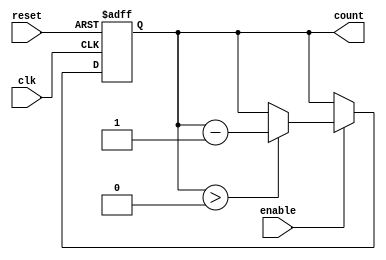
module down_counter_with_enable #(
    parameter MAX_COUNT = 15  // Define the maximum count value (N)
)(
    input wire clk,            // Clock signal
    input wire enable,         // Enable signal
    input wire reset,          // Reset signal
    output reg [clog2(MAX_COUNT + 1) - 1:0] count  // Current count value
);

// Function to calculate the log2 value
function integer clog2;
    input integer value;
    begin
        value = value - 1;
        for (clog2 = 0; value > 0; clog2 = clog2 + 1)
            value = value >> 1;
    end
endfunction

// Synchronous reset and counting logic
always @(posedge clk or posedge reset) begin
    if (reset) begin
        count <= MAX_COUNT;  // Reset counter to maximum value
    end else if (enable) begin
        if (count > 0) begin
            count <= count - 1;  // Decrement the counter
        end
        // If count is already 0, it will remain at 0
    end
    // If enable is low, count retains its value
end

endmodule